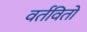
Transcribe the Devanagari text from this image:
वर्तवितो